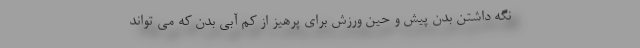
نگه داشتن بدن پیش و حین ورزش برای پرهیز از کم آبی بدن که می تواند